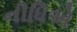
નીધિએ